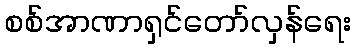
စစ်အာဏာရှင်တော်လှန်ရေး